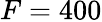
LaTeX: F=400